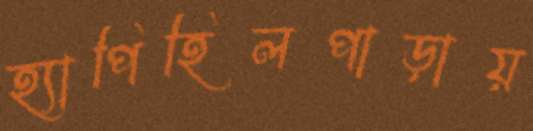
হ্যাপিহিলপাড়ায়